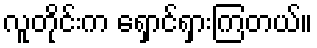
လူတိုင်းက ရှောင်ရှားကြတယ်။